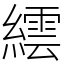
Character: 繧